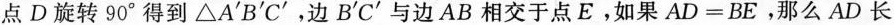
点D旋转90°得到△A^{\prime}B^{\prime}C^{\prime}，边B^{\prime}C^{\prime}与边AB相交于点E，如果$$A D = B E$$，那么AD长